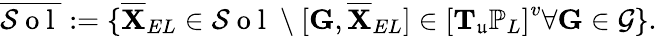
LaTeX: \overline{{\mathcal{S}\mathrm{~o~l~}}}:=\{ \overline{{\mathbf{X}}}_{EL}\in\mathcal{S}\mathrm{~o~l~}\ \backslash\ [\mathbf{G},\overline{{\mathbf{X}}}_{EL}]\in\left[\mathbf{T}_{\mathfrak{u}}\mathbb{P}_{L}\right]^{v}\forall\mathbf{G}\in\mathcal{G}\} .